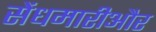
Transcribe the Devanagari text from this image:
सेंधमारीऔर